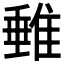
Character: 𨿠